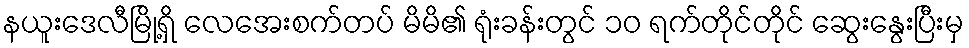
နယူးဒေလီမြို့ရှိ လေအေးစက်တပ် မိမိ၏ ရုံးခန်းတွင် ၁၀ ရက်တိုင်တိုင် ဆွေးနွေးပြီးမှ